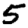
Digit: 5